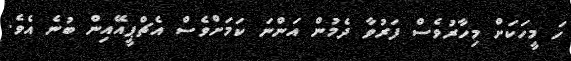
ހަ މީހަކަށް މިހާރުވެސް ފަރުވާ ދެމުން އަންނަ ކަމަށްވެސް އެޗްޕީއޭއިން ބުނެ އެވެ.